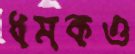
ধমকও